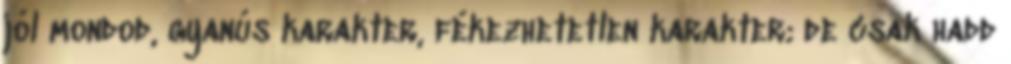
jól mondod, gyanús karakter, fékezhetetlen karakter; de csak hadd